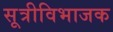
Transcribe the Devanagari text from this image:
सूत्रीविभाजक